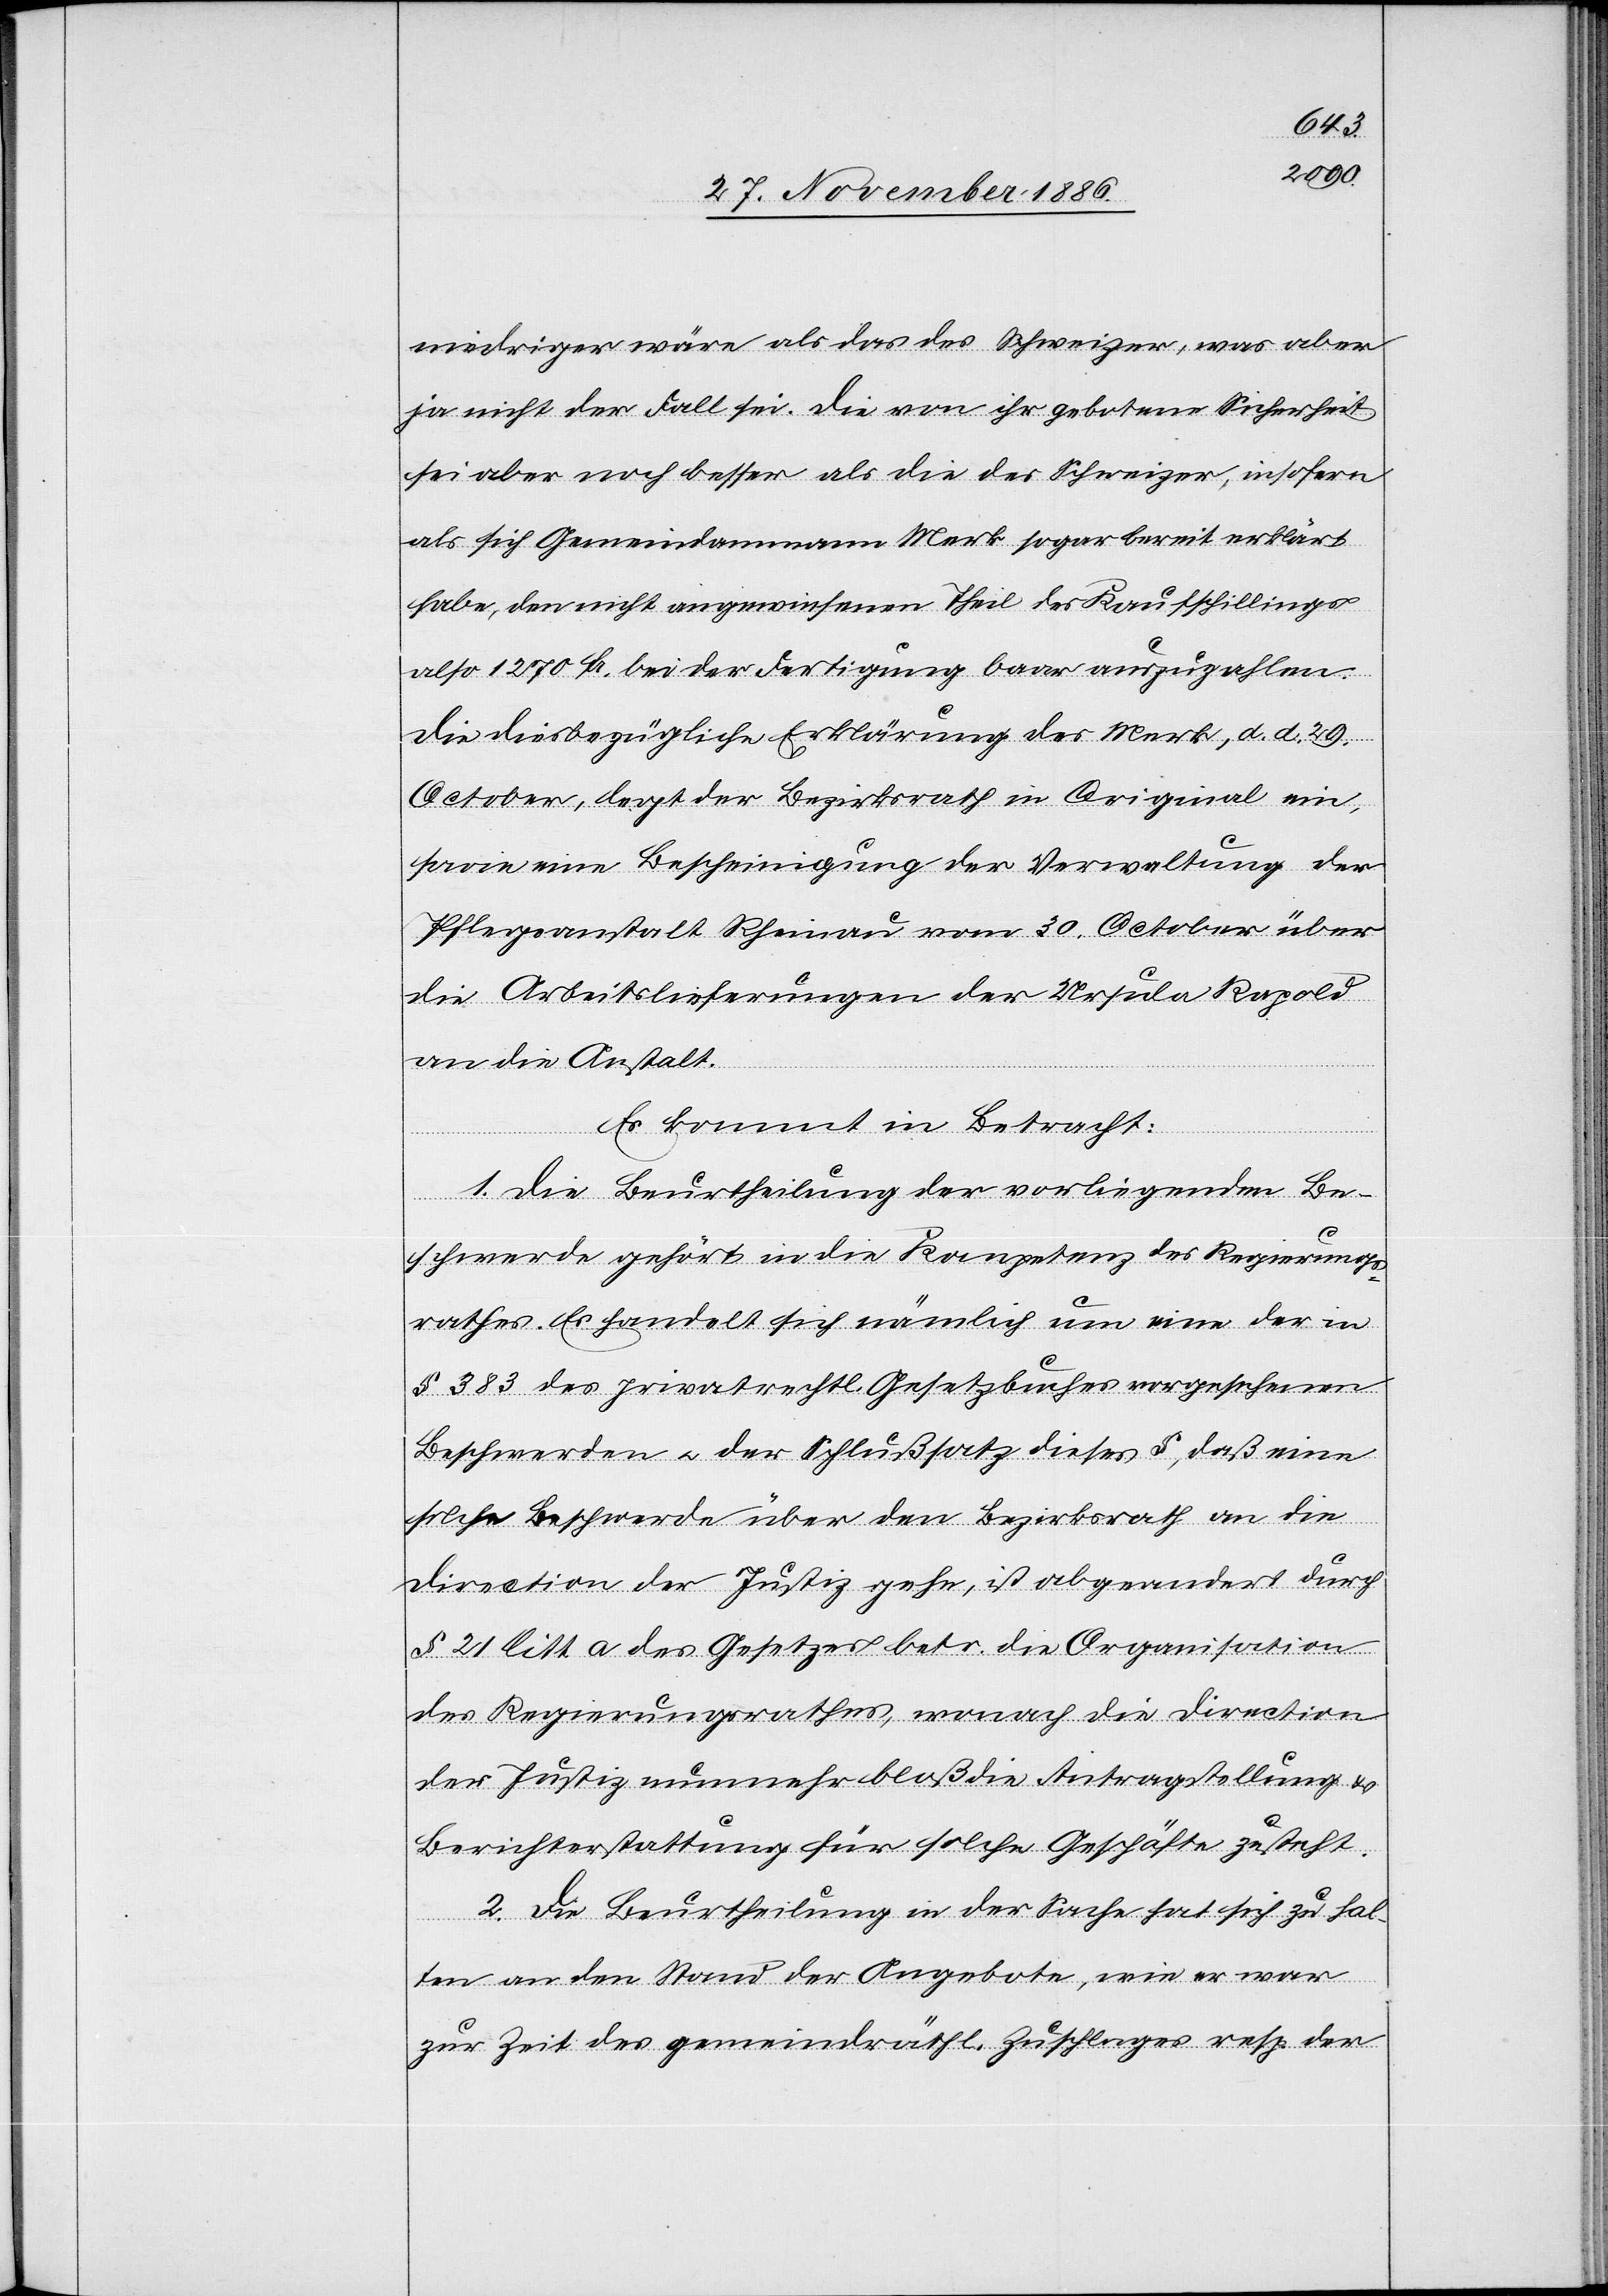
niedriger wäre als das des Schweizer, was aber
ja nicht der Fall sei. Die von ihr gebotene Sicherheit
sei aber noch besser als die des Schweizer, insofern
als sich Gemeindammann Merk sogar bereit erklärt
habe, den nicht angewiesenen Theil des Kaufschillings
also 1270 Fr. bei der Fertigung baar auszuzahlen.
Die diesbezügliche Erklärung des Merk, d. d. 29.
October, legt der Bezirksrath in Original ein,
sowie eine Bescheinigung der Verwaltung der
Pflegeanstalt Rheinau vom 30. October über
die Arbeitslieferungen der Ursula Rapold
an die Anstalt.
Es kommt in Betracht:
1. Die Beurtheilung der vorliegenden Be¬
schwerde gehört in die Kompetenz des Regierungs¬
rathes. Es handelt sich nämlich um eine der in
§ 383 des privatrechtl. Gesetzbuches vorgesehenen
Beschwerden & der Schlußsatz dieses §, daß eine
solche Beschwerde über den Bezirksrath an die
Direction der Justiz gehe, ist abgeandert
§ 21 litt. a des Gesetzes betr. die Organisation
des Regierungsrathes, wonach die Direction
der Justiz nunmehr bloß die Antragstellung &
Berichterstattung für solche Geschäfte zusteht
2. Die Beurtheilung in der Sache hat sich zu hal¬
ten an den Stand der Angebote, wie er war
zur Zeit des gemeindräthl. Zuschlages resp. der